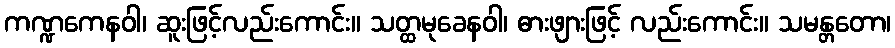
ကဏ္ဍကေနဝါ၊ ဆူးဖြင့်လည်းကောင်း။ သတ္ထမုခေနဝါ၊ ဓားဖျားဖြင့် လည်းကောင်း။ သမန္တတော၊